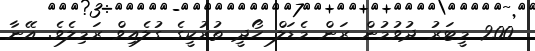
200 މީޓަރު ދުވުމުން ރަން މެޑަލް ހޯދީ ތުރުކީގެ ގުލެއިވް ރަމިލެވެ. އޭނާ